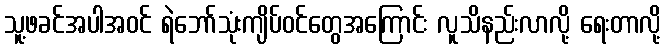
သူ့ဖခင်အပါအဝင် ရဲဘော်သုံးကျိပ်ဝင်တွေအကြောင်း လူသိနည်းလာလို့ ရေးတာလို့